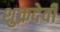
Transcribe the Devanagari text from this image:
शुक्रदेवी